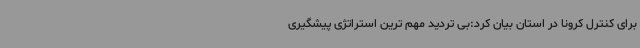
برای کنترل کرونا در استان بیان کرد:بی تردید مهم ترین استراتژی پیشگیری